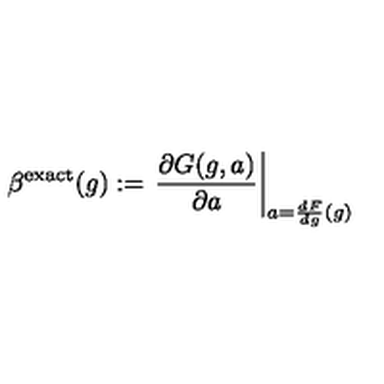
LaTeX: \beta ^ { \mathrm { e x a c t } } ( g ) : = \left. \frac { \partial G ( g , a ) } { \partial a } \right| _ { a = \frac { d F } { d g } ( g ) }